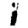
Digit: 1